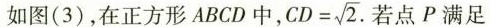
如图(3)，在正方形ABCD中， $$C D = \sqrt { 2 }$$ 若点P满足